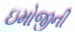
ઇમોજીની